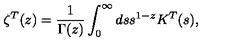
\zeta ^ { T } ( z ) = { \frac { 1 } { \Gamma ( z ) } } \int _ { 0 } ^ { \infty } d s s ^ { 1 - z } K ^ { T } ( s ) ,